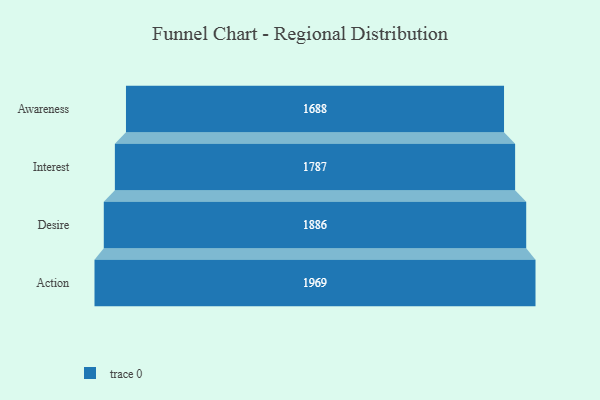
{"axis": {"x": "Stage", "y": "Value"}, "legend": [""], "data": [{"x": "Awareness", "y": 1688.0, "type": ""}, {"x": "Interest", "y": 1787.0, "type": ""}, {"x": "Desire", "y": 1886.0, "type": ""}, {"x": "Action", "y": 1969.0, "type": ""}]}